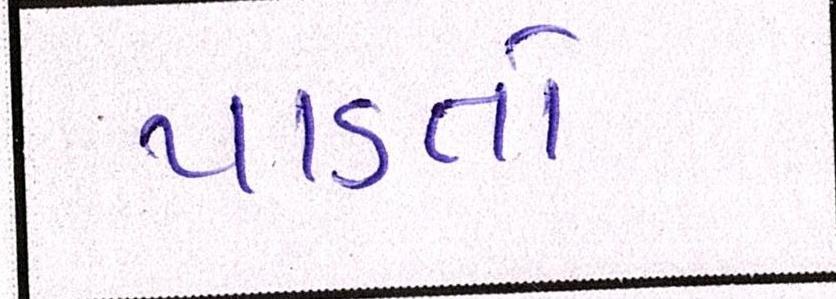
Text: પાડતો